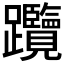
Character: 𨈇